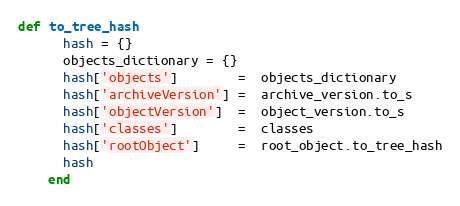
Language: Ruby
def to_tree_hash
      hash = {}
      objects_dictionary = {}
      hash['objects']        =  objects_dictionary
      hash['archiveVersion'] =  archive_version.to_s
      hash['objectVersion']  =  object_version.to_s
      hash['classes']        =  classes
      hash['rootObject']     =  root_object.to_tree_hash
      hash
    end